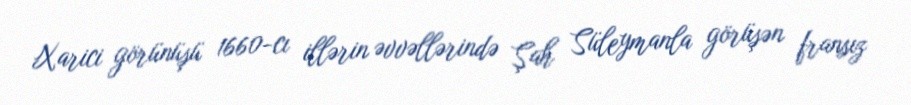
Xarici görünüşü 1660-cı illərin əvvəllərində Şah Süleymanla görüşən fransız